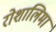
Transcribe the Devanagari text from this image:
रोशालिमा